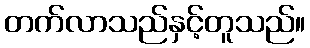
တက်လာသည်နှင့်တူသည်။